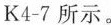
K4-7所示。